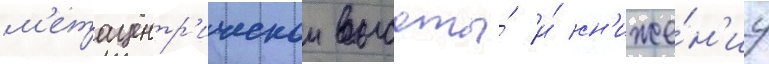
м'етацентр'ическои высоты́ и́ сн'иже́н'иу